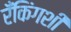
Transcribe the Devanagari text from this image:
रँकिंगशी